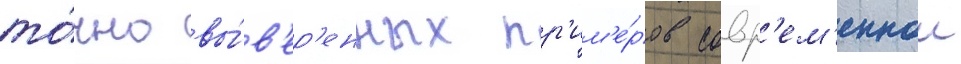
то́чно вы́в'ер'енных пр'им'е́ров совр'ем'еннои